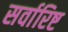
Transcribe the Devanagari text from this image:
सर्वारिष्ट